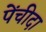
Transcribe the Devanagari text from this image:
पेंचीदा